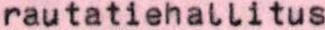
rautatiehallitus